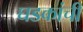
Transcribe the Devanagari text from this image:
घडकांची